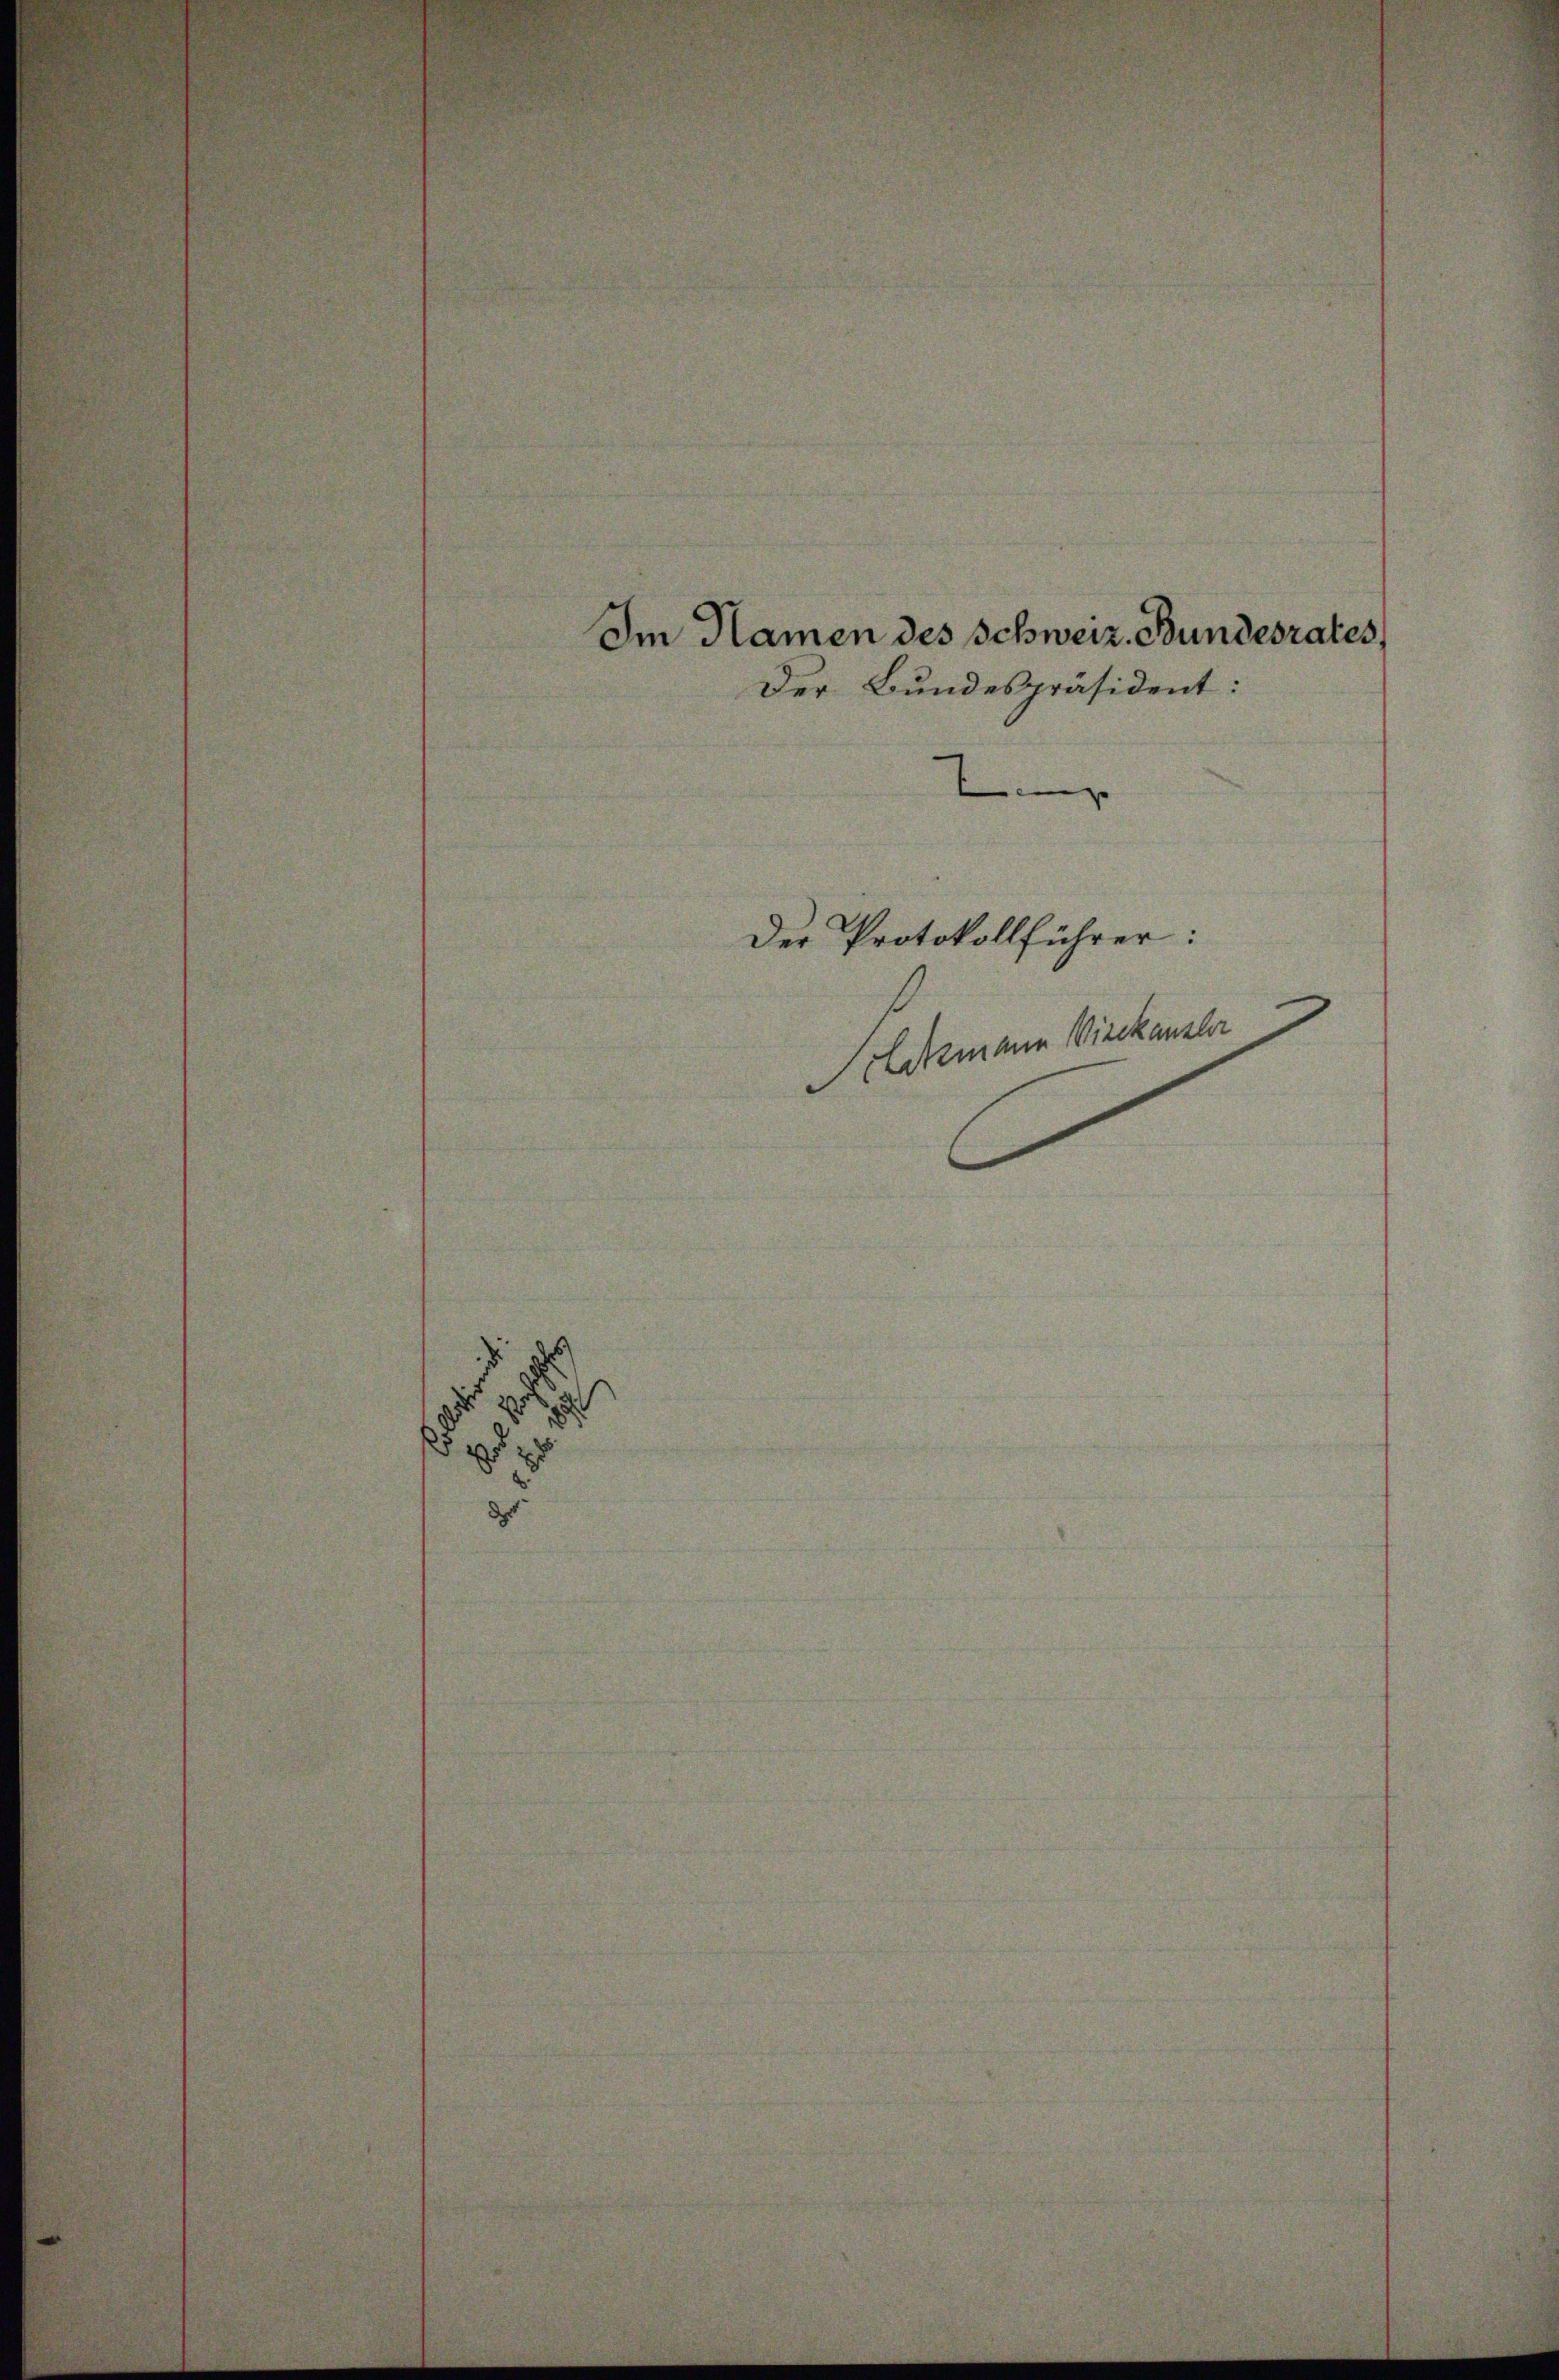
d

Im Namen des Schweiz. Bundesrates
Der Bundespräsident:
 |
Der Protokollführer:
Sclimann Wirckanzler